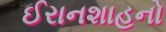
ઈરાનશાહનો